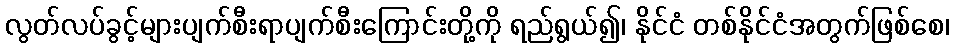
လွတ်လပ်ခွင့်များပျက်စီးရာပျက်စီးကြောင်းတို့ကို ရည်ရွယ်၍၊ နိုင်ငံ တစ်နိုင်ငံအတွက်ဖြစ်စေ၊